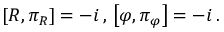
\left[ R , \pi _ { R } \right] = - i \, , \, \left[ \varphi , \pi _ { \varphi } \right] = - i \, .